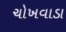
ચોખવાડા